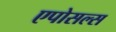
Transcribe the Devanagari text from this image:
एपोसल्स